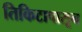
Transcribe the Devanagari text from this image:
तिकिटापासून